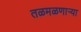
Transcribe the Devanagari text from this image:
तळमळणार्‍या